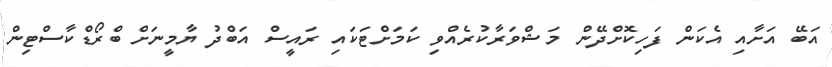
އަބޭ އަށާއި އެކަން ފަހިކޮށްދޭން މަޝްވަރާކުރެއްވި ކަމަށްޓަކައި ރައީސް އަބްދު ޔާމީނަށް ބްރޯޑްކާސްޓިން